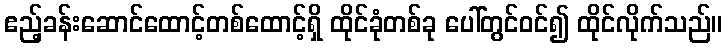
ဧည့်ခန်းဆောင်ထောင့်တစ်ထောင့်ရှိ ထိုင်ခုံတစ်ခု ပေါ်တွင်ဝင်၍ ထိုင်လိုက်သည်။